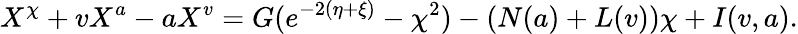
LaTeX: X^{\chi}+vX^{a}-aX^{v}=G(e^{-2(\eta+\xi)}-\chi^{2})-\left(N(a)+L(v)\right)\chi+I(v,a).